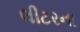
લીટરના